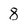
Character: 8